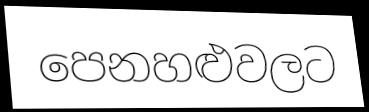
පෙනහළුවලට